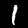
Label: 1